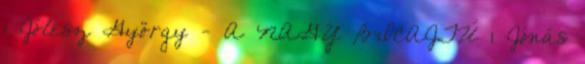
1 Jólesz György - A NAGY BICAJTÚ 1 Jónás